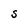
Character: S